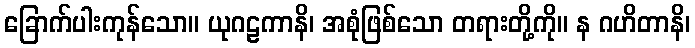
ခြောက်ပါးကုန်သော။ ယုဂဠကာနိ၊ အစုံဖြစ်သော တရားတို့ကို။ န ဂဟိတာနိ၊